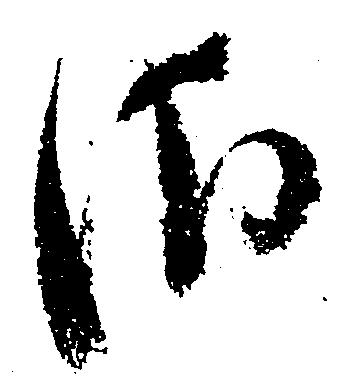
さ